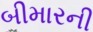
બીમારની